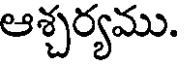
ఆశ్చర్యము.